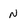
Character: N